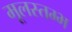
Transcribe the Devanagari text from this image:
मूलस्तम्भ